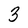
Character: 3